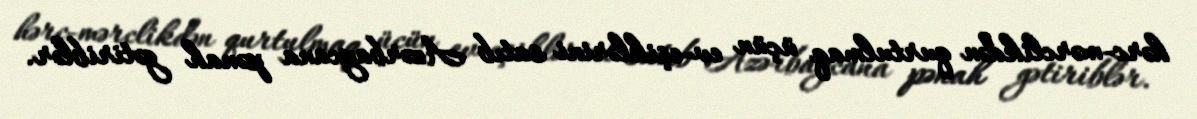
hərc-mərclikdən qurtulmaq üçün ev-eşiklərini satıb Azərbaycana pənah gətiriblər.